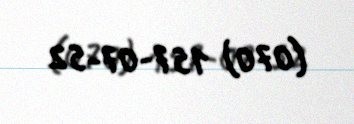
(070) 157-07-52